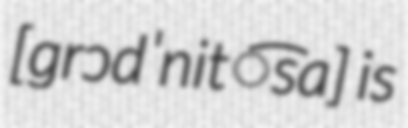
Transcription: [ɡrɔdˈnit͡sa] is